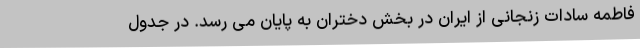
فاطمه سادات زنجانی از ایران در بخش دختران به پایان می رسد. در جدول